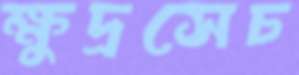
ক্ষুদ্রসেচ